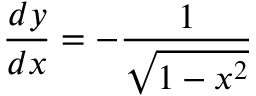
{ \frac { d y } { d x } } = - { \frac { 1 } { \sqrt { 1 - x ^ { 2 } } } }